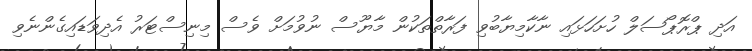
އަދި ޕްރޮޕޯސަލް ހުށަހަޅައި ނާކާމިޔާބުވި ފަރާތްތަކުން މާޔޫސް ނުވުމަށް ވެސް މިނިސްޓަރު އެެދިވަޑައިގެންނެވި